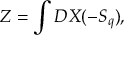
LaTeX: Z = \int { \cal D } X ( - S _ { q } ) ,